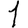
Digit: 1